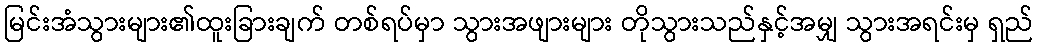
မြင်းအံသွားများ၏ထူးခြားချက် တစ်ရပ်မှာ သွားအဖျားများ တိုသွားသည်နှင့်အမျှ သွားအရင်းမှ ရှည်